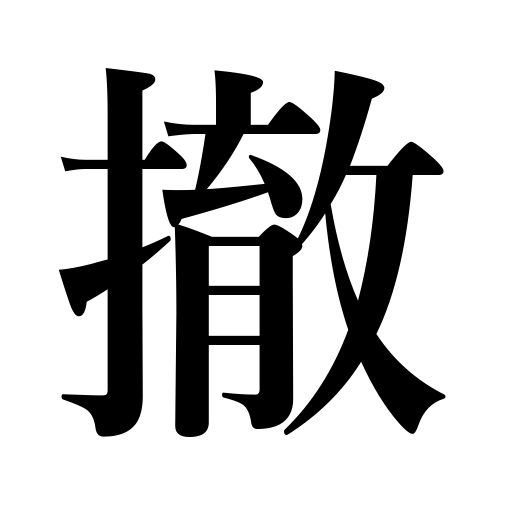
Meanings: withdraw,dismantle a fort,reject,disarm a ship,exclude,remove